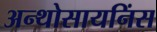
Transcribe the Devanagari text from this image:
अन्थोसायनिंस